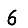
Digit: 6